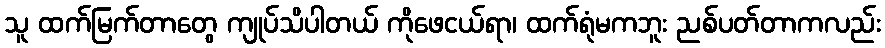
သူ ထက်မြက်တာတွေ ကျုပ်သိပါတယ် ကိုဖေငယ်ရာ၊ ထက်ရုံမကဘူး ညစ်ပတ်တာကလည်း